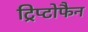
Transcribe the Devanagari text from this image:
ट्रिप्टोफैन